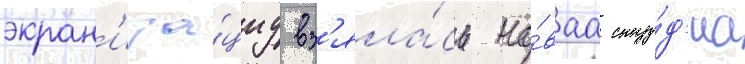
экран'иза́циу вз'яла́сь но́ваа сту́д'иа